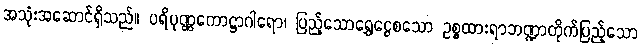
အသုံးအဆောင်ရှိသည်။ ပရိပုဏ္ဏကောဋ္ဌာဂါရော၊ ပြည့်သောရွှေငွေစသော ဥစ္စထားရာဘဏ္ဍာတိုက်ပြည့်သော